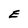
Character: E